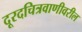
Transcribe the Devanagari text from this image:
दूरदचित्रवाणीवरील